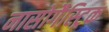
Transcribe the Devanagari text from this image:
नासोगैस्ट्रिक